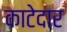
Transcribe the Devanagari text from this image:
काटेदार